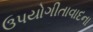
ઉપયોગીતાવાદના